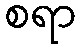
စရာ